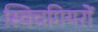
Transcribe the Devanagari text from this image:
स्विचगियरों